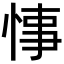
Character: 𢜝